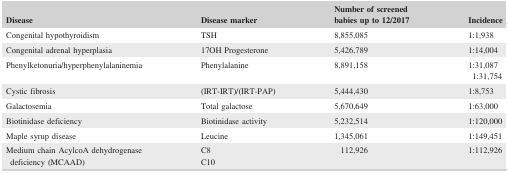
<table><thead><tr><td><b>Disease</b></td><td><b>Disease marker</b></td><td><b>Number of screened babies up to 12/2017</b></td><td><b>Incidence</b></td></tr></thead><tbody><tr><td>Congenital hypothyroidism</td><td>TSH</td><td>8,855,085</td><td>1:1,938</td></tr><tr><td>Congenital adrenal hyperplasia</td><td>17OH Progesterone</td><td>5,426,789</td><td>1:14,004</td></tr><tr><td>Phenylketonuria/hyperphenylalaninemia</td><td>Phenylalanine</td><td>8,891,158</td><td>1:31,0871:31,754</td></tr><tr><td>Cystic fibrosis</td><td>(IRT‐IRT)/(IRT‐PAP)</td><td>5,444,430</td><td>1:8,753</td></tr><tr><td>Galactosemia</td><td>Total galactose</td><td>5,670,649</td><td>1:63,000</td></tr><tr><td>Biotinidase deficiency</td><td>Biotinidase activity</td><td>5,232,514</td><td>1:120,000</td></tr><tr><td>Maple syrup disease</td><td>Leucine</td><td>1,345,061</td><td>1:149,451</td></tr><tr><td>Medium chain AcylcoA dehydrogenase deficiency (MCAAD)</td><td>C8C10</td><td>112,926</td><td>1:112,926</td></tr></tbody></table>